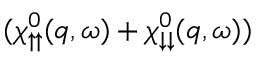
( \chi _ { \uparrow \uparrow } ^ { 0 } ( q , \omega ) + \chi _ { \downarrow \downarrow } ^ { 0 } ( q , \omega ) )